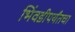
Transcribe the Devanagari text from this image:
भिंवडीपर्यंतचा